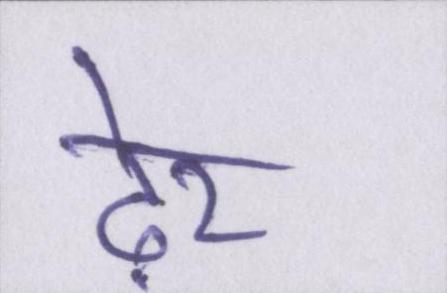
ढ़ेर